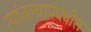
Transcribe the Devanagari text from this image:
त्यांतल्यापंचवीस